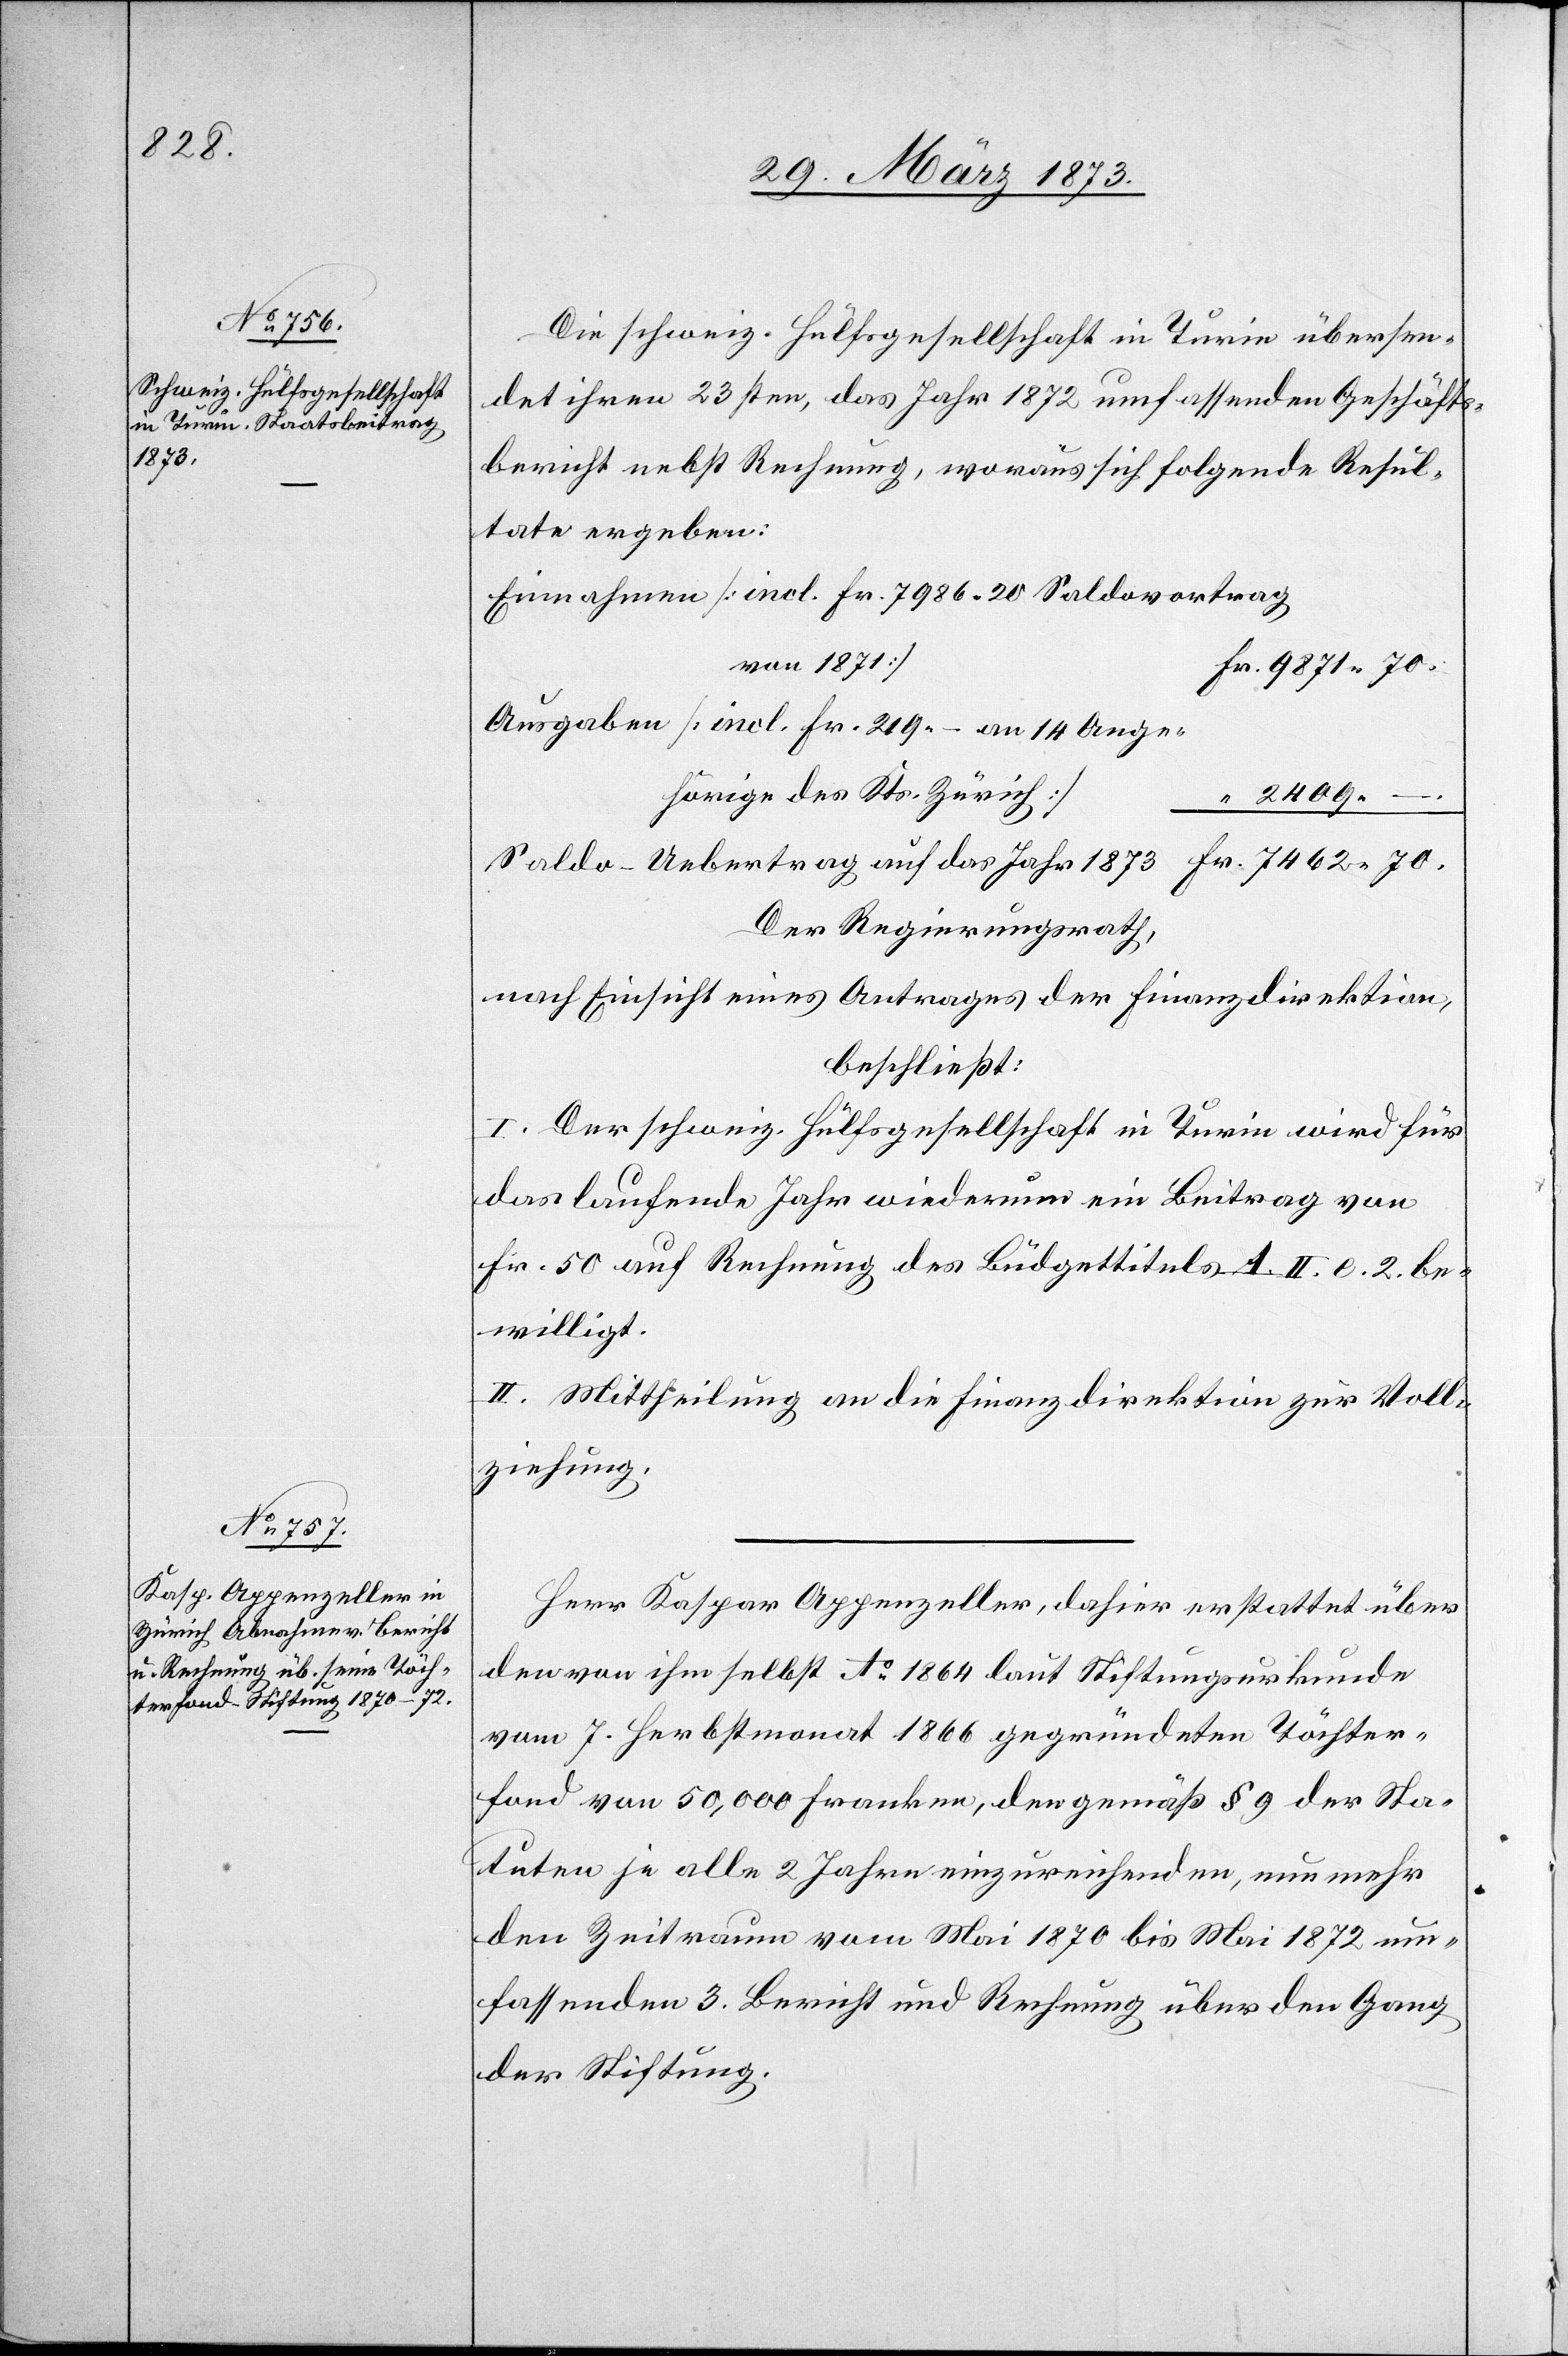
Die schweiz. Hülfsgesellschaft in Turin übersen¬
det ihren 23sten, das Jahr 1872 umfassenden Geschäfts¬
bericht nebst Rechnung, woraus sich folgende Resul¬
tate ergeben:
Einnahmen [incl. Fr. 7986. 20 Saldovortrag
von 1871]		F¬
r. 9871. 70.
Ausgaben [incl. Fr. 219.– an 14 Ange¬
hörige des Kts. Zürich]
“ 2409.
Saldo-Uebertrag auf das Jahr 1873						Fr. 7462. 70.
Der Regierungsrath,
nach Einsicht eines Antrages der Finanzdirektion,
beschließt:
I. Der schweiz. Hülfsgesellschaft in Turin wird für
das laufende Jahr wiederum ein Beitrag von
Fr. 50 auf Rechnung des Büdgettitels A. II. l. 2. be¬
willigt.
II. Mittheilung an die Finanzdirektion zur Voll¬
ziehung.
Herr Kaspar Appenzeller, dahier erstattet über
den von ihm selbst. Ao 1864 laut Stiftungsurkunde
vom 7. Herbstmonat 1866 gegründeten Töchter¬
fond von 50,000 Franken, den gemäß § 9 der Sta¬
tuten je alle 2 Jahre einzureichenden, nunmehr
den Zeitraum vom Mai 1870 bis Mai 1872 um¬
fassenden 3. Bericht und Rechnung über den Gang
der Stiftung.